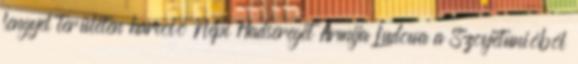
lengyel területen harcoló Népi Hadsereget Armija Ludowa a Szovjetunióból